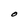
Character: O